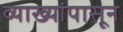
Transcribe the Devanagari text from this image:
व्याख्यांपासून